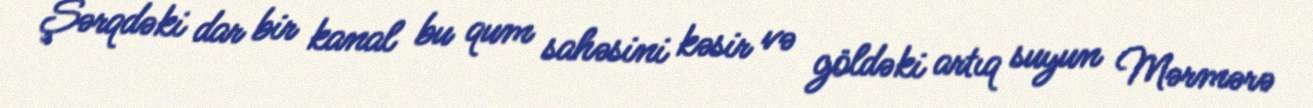
Şərqdəki dar bir kanal bu qum sahəsini kəsir və göldəki artıq suyun Mərmərə